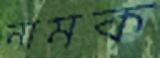
নামক